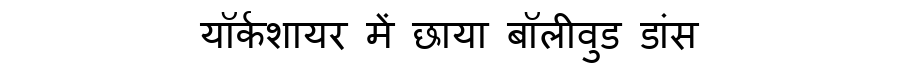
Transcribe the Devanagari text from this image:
यॉर्कशायर में छाया बॉलीवुड डांस